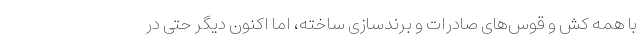
با همه کش و قوس‌های صادرات و برندسازی ساخته، اما اکنون دیگر حتی در